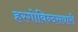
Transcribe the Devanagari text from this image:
हरगोबिन्दसवारी